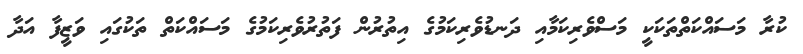
ކުރާ މަސައްކަތްތަކަކީ މަސްވެރިކަމާއި ދަނޑުވެރިކަމުގެ އިތުރުން ފަތުރުވެރިކަމުގެ މަސައްކަތް ތަކުގައި ވަޒީފާ އަދާ